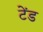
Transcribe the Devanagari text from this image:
टेंड